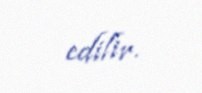
edilir.